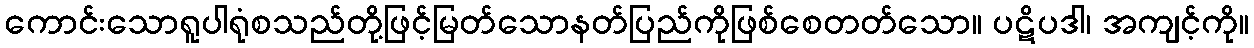
ကောင်းသောရူပါရုံစသည်တို့ဖြင့်မြတ်သောနတ်ပြည်ကိုဖြစ်စေတတ်သော။ ပဋိပဒါ၊ အကျင့်ကို။